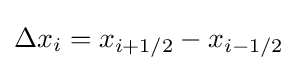
\Delta x_{i}=x_{i+1/2}-x_{i-1/2}